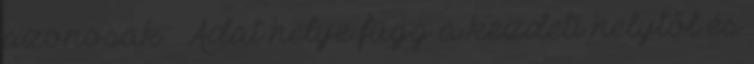
azonosak ● Adat helye függ a kezdeti helytől és